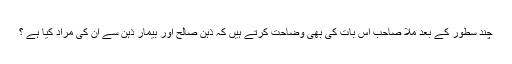
چند سطور کے بعد ملّا صاحب اس بات کی بھی وضاحت کرتے ہیں کہ ذہن صالح اور بیمار ذہن سے ان کی مراد کیا ہے ؟